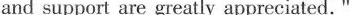
and support are greatly appreciated. "